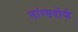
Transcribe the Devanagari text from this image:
लांग्सदोर्फ